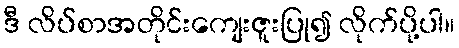
ဒီ လိပ်စာအတိုင်းကျေးဇူးပြု၍ လိုက်ပို့ပါ။